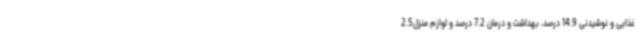
غذایی و نوشیدنی 14.9 درصد، بهداشت و درمان 7.2 درصد و لوازم منزل2.5